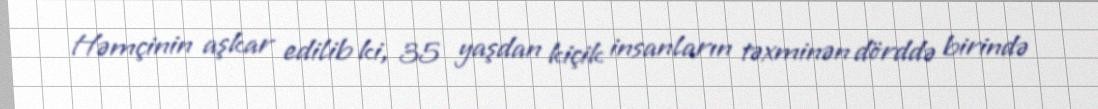
Həmçinin aşkar edilib ki, 35 yaşdan kiçik insanların təxminən dörddə birində